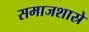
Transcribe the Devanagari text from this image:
समाजशास्रे